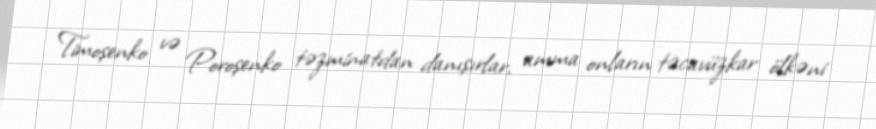
Timoşenko və Poroşenko təzminatdan danışırlar, amma onların təcavüzkar ölkəni